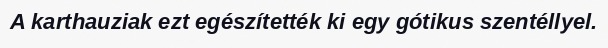
A karthauziak ezt egészítették ki egy gótikus szentéllyel.